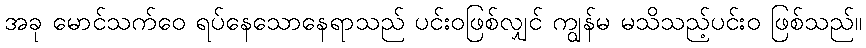
အခု မောင်သက်ဝေ ရပ်နေသောနေရာသည် ပင်းဝဖြစ်လျှင် ကျွန်မ မသိသည့်ပင်းဝ ဖြစ်သည်။